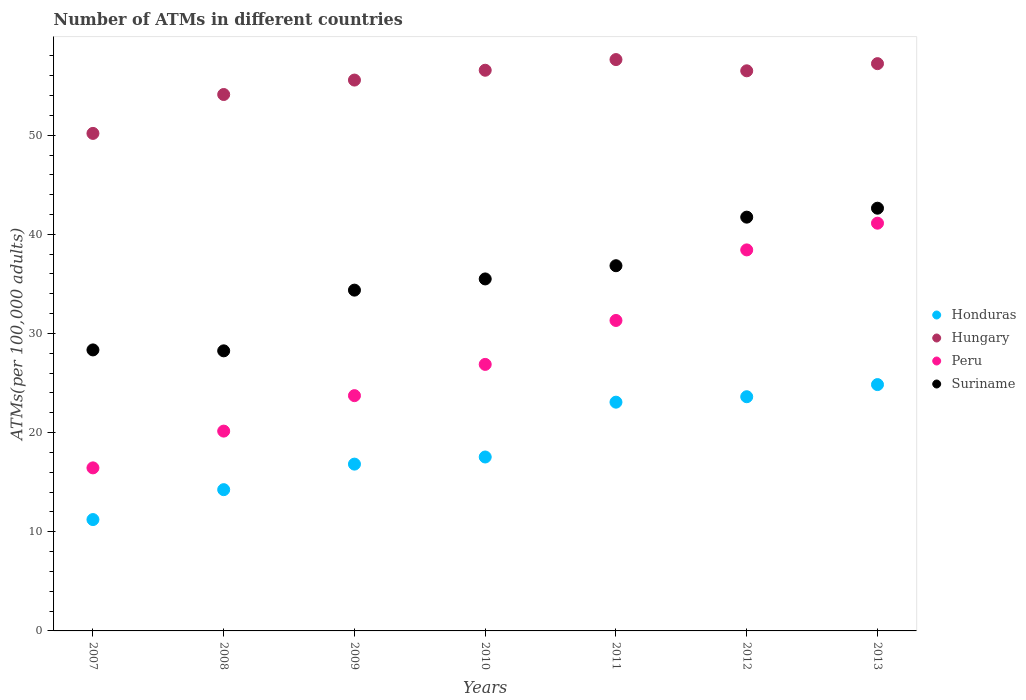
| Years | Honduras | Hungary | Peru | Suriname |
 | --- | --- | --- | --- | --- |
 | 2007 | 11.2 | 50.2 | 16.4 | 28.3 |
 | 2008 | 14.2 | 54.1 | 20.2 | 28.2 |
 | 2009 | 16.8 | 55.6 | 23.7 | 34.4 |
 | 2010 | 17.5 | 56.6 | 26.9 | 35.5 |
 | 2011 | 23.1 | 57.6 | 31.3 | 36.8 |
 | 2012 | 23.6 | 56.5 | 38.4 | 41.7 |
 | 2013 | 24.8 | 57.2 | 41.1 | 42.6 |